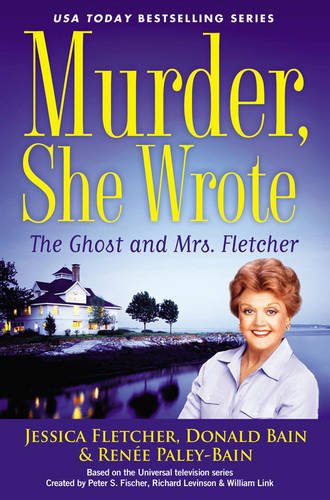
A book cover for Murder, She Wrote: the Ghost and Mrs. Fletcher; Jessica Fletcher; Mystery, Thriller & Suspense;